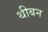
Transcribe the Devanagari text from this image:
थीबन